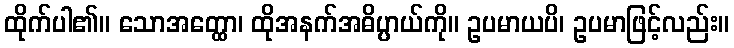
ထိုက်ပါ၏။ သောအတ္ထော၊ ထိုအနက်အဓိပ္ပာယ်ကို။ ဥပမာယပိ၊ ဥပမာဖြင့်လည်း။